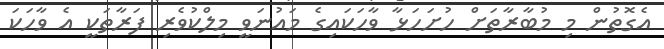
އެގޮތުން މި މުބާރާތަށް ހުށަހަޅާ ވާހަކައިގެ މައުނަވީ މިލްކުވެރި ފަރާތަކީ އެ ވާހަކަ